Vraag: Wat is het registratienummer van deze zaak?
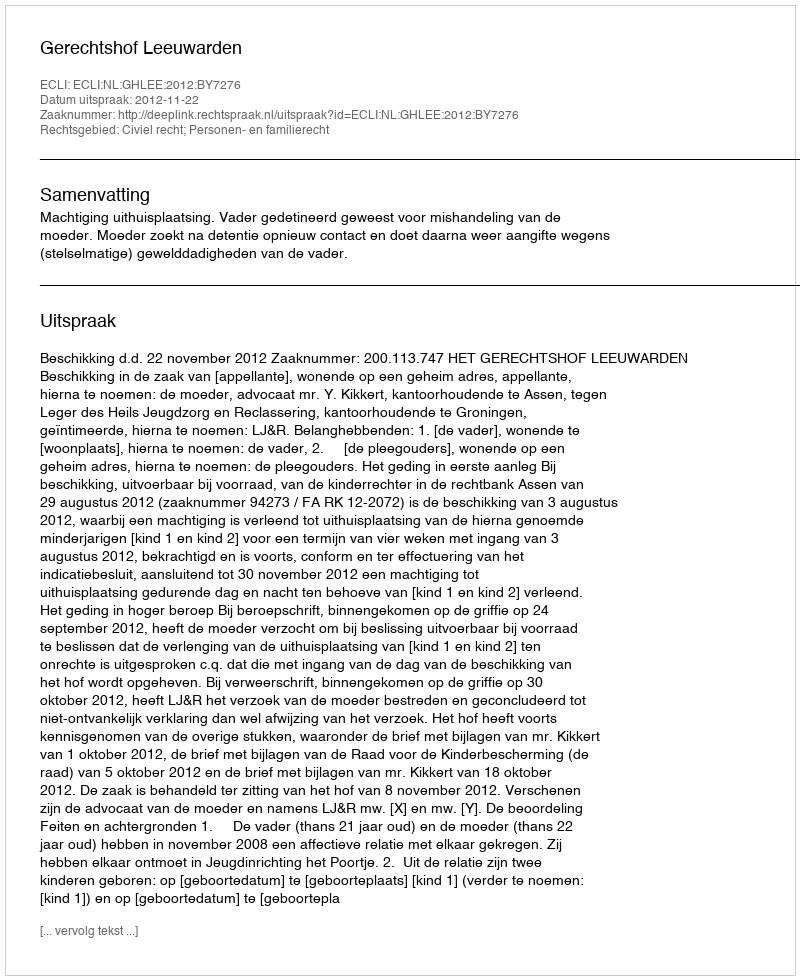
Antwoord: http://deeplink.rechtspraak.nl/uitspraak?id=ECLI:NL:GHLEE:2012:BY7276